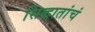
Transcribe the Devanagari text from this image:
सिद्धातांचं